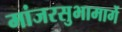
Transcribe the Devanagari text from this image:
मांजरसुभामार्गे